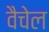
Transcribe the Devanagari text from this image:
वैचेल